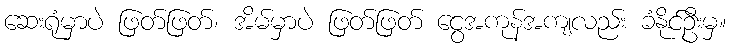
ဆေးရုံမှာပဲ ဖြတ်ဖြတ်၊ အိမ်မှာပဲ ဖြတ်ဖြတ် ငွေအကုန်အကျလည်း ခံနိုင်ဦးမှ။